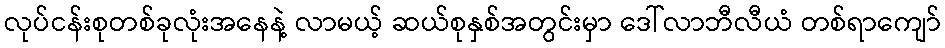
လုပ်ငန်းစုတစ်ခုလုံးအနေနဲ့ လာမယ့် ဆယ်စုနှစ်အတွင်းမှာ ဒေါ်လာဘီလီယံ တစ်ရာကျော်